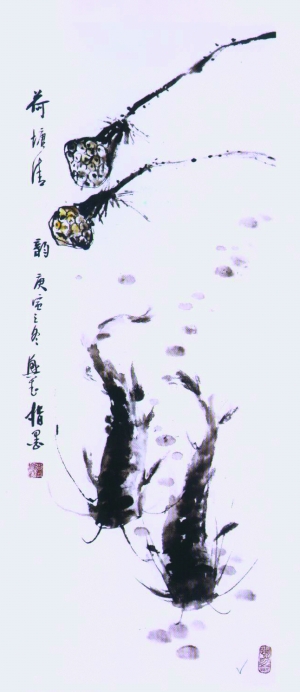
烟尘犯雪岭，鼓角动江城。